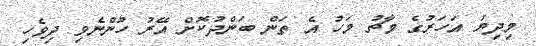
މިދިޔަ އަހަރުގެ މާޗު މަހު އެ ތަން ބަންދުކޮށް އޭރު ހުންނެވި ދިވެހި